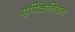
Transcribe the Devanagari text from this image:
एपिक्रेनियल